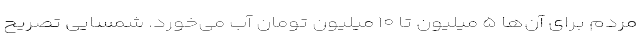
مردم برای آن‌ها ۵ میلیون تا ۱۰ میلیون تومان آب می‌خورد. شمسایی تصریح